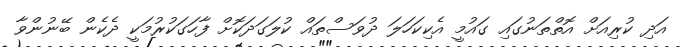
އަދި ކުރިއަށް އޮތްތަނުގައި ގައުމީ އެކިކަހަލަ ދުވަސްތައް ކުލަގަދަކޮށް ފާހަގަކުރުމަކީ ދެކެން ބޭނުންވާ